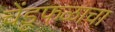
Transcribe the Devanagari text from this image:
चेंडूफळाचा